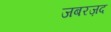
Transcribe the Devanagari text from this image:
जबरज़द